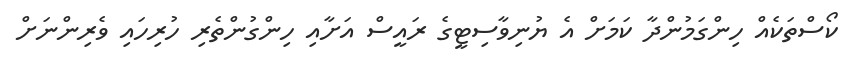
ކޯސްތަކެއް ހިންގަމުންދާ ކަމަށް އެ ޔުނިވާސިޓީގެ ރައީސް އަށާއި ހިންގުންތެރި ހުރިހައި ވެރިންނަށް